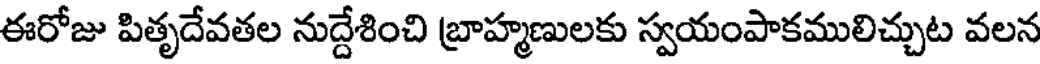
ఈరోజు పితృదేవతల నుద్దేశించి బ్రాహ్మణులకు స్వయంపాకములిచ్చుట వలన